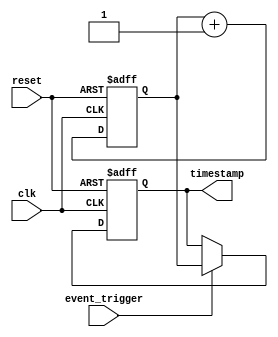
module time_stamp_timer (
  input wire clk,
  input wire reset,
  input wire event_trigger,
  output reg [63:0] timestamp
);

reg [63:0] current_time;
reg [63:0] time_interval = 64'hFFFFFFFFFFFFFFFF; // Default maximum value

always @(posedge clk or posedge reset) begin
  if (reset) begin
    current_time <= 64'h0;
    timestamp <= 64'h0;
  end
  else begin
    current_time <= current_time + 1;
    if (event_trigger) begin
      timestamp <= current_time;
    end
  end
end

endmodule